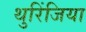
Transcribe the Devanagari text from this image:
थुरिंजिया